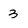
Character: 3